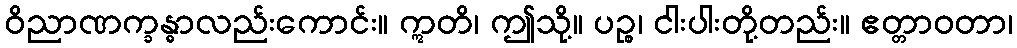
ဝိညာဏက္ခန္ဓာလည်းကောင်း။ ဣတိ၊ ဤသို့။ ပဉ္စ၊ ငါးပါးတို့တည်း။ ဧတ္တာဝတာ၊